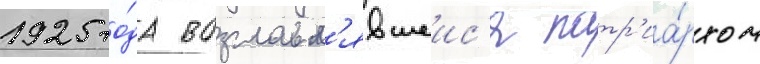
1925 го́да возглавл'явшеис'я патр'иа́рхом